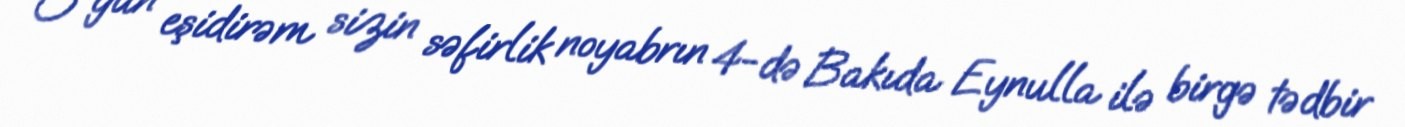
O gün eşidirəm sizin səfirlik noyabrın 4-də Bakıda Eynulla ilə birgə tədbir